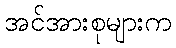
အင်အားစုများက